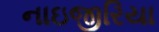
નાઇજીરિયા